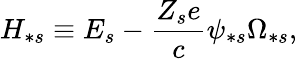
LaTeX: H_{\ast s}\equiv E_{s}-\frac{Z_{s}e}{c}\psi_{\ast s}\Omega_{\ast s},